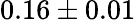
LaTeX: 0.16\pm 0.01